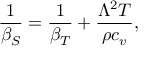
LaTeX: { \frac { 1 } { \beta _ { S } } } = { \frac { 1 } { \beta _ { T } } } + { \frac { \Lambda ^ { 2 } T } { \rho c _ { v } } } ,